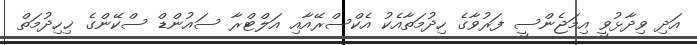
އަދި ވިދާޅުވީ އިމަޖެންސީ ފަރުވާގެ ހިދުމަތާއެކު އެކްސްރޭއާއި އަލްޓްރާ ސައުންޑް ސްކޭންގެ ޚިހިދުމަތް